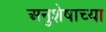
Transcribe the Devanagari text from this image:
अनुशेषाच्या